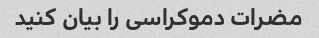
مضرات دموکراسی را بیان کنید